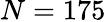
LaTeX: N=175